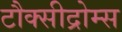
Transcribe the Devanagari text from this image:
टौक्सीद्रोम्स